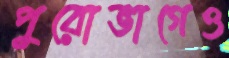
পুরোভাগেও